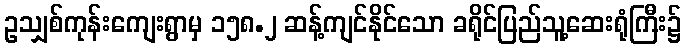
ဥသျှစ်ကုန်းကျေးရွာမှ ၁၅၈.၂ ဆန့်ကျင်နိုင်သော ခရိုင်ပြည်သူ့ဆေးရုံကြီး၌